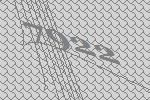
7922